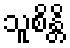
သူစိန္တိ